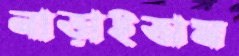
নাড়াইতাম